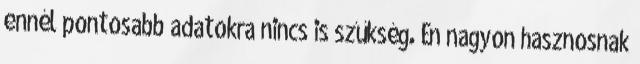
ennél pontosabb adatokra nincs is szűkség. Én nagyon hasznosnak